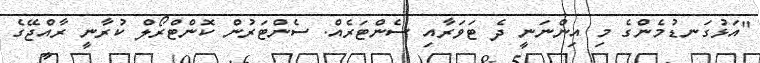
"އަޅުގަނޑުމެންގެ މި އިންނަނީ ދެ ޓަވަރާއި ސެންޓަރެއް. ސެންޓަރުން ކޮންޓްރޯލް ކުރާނީ ރާއްޖޭގެ